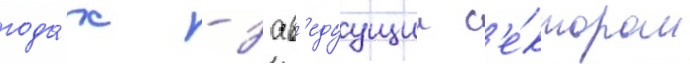
года́х - зав'едуущии с'е́ктором